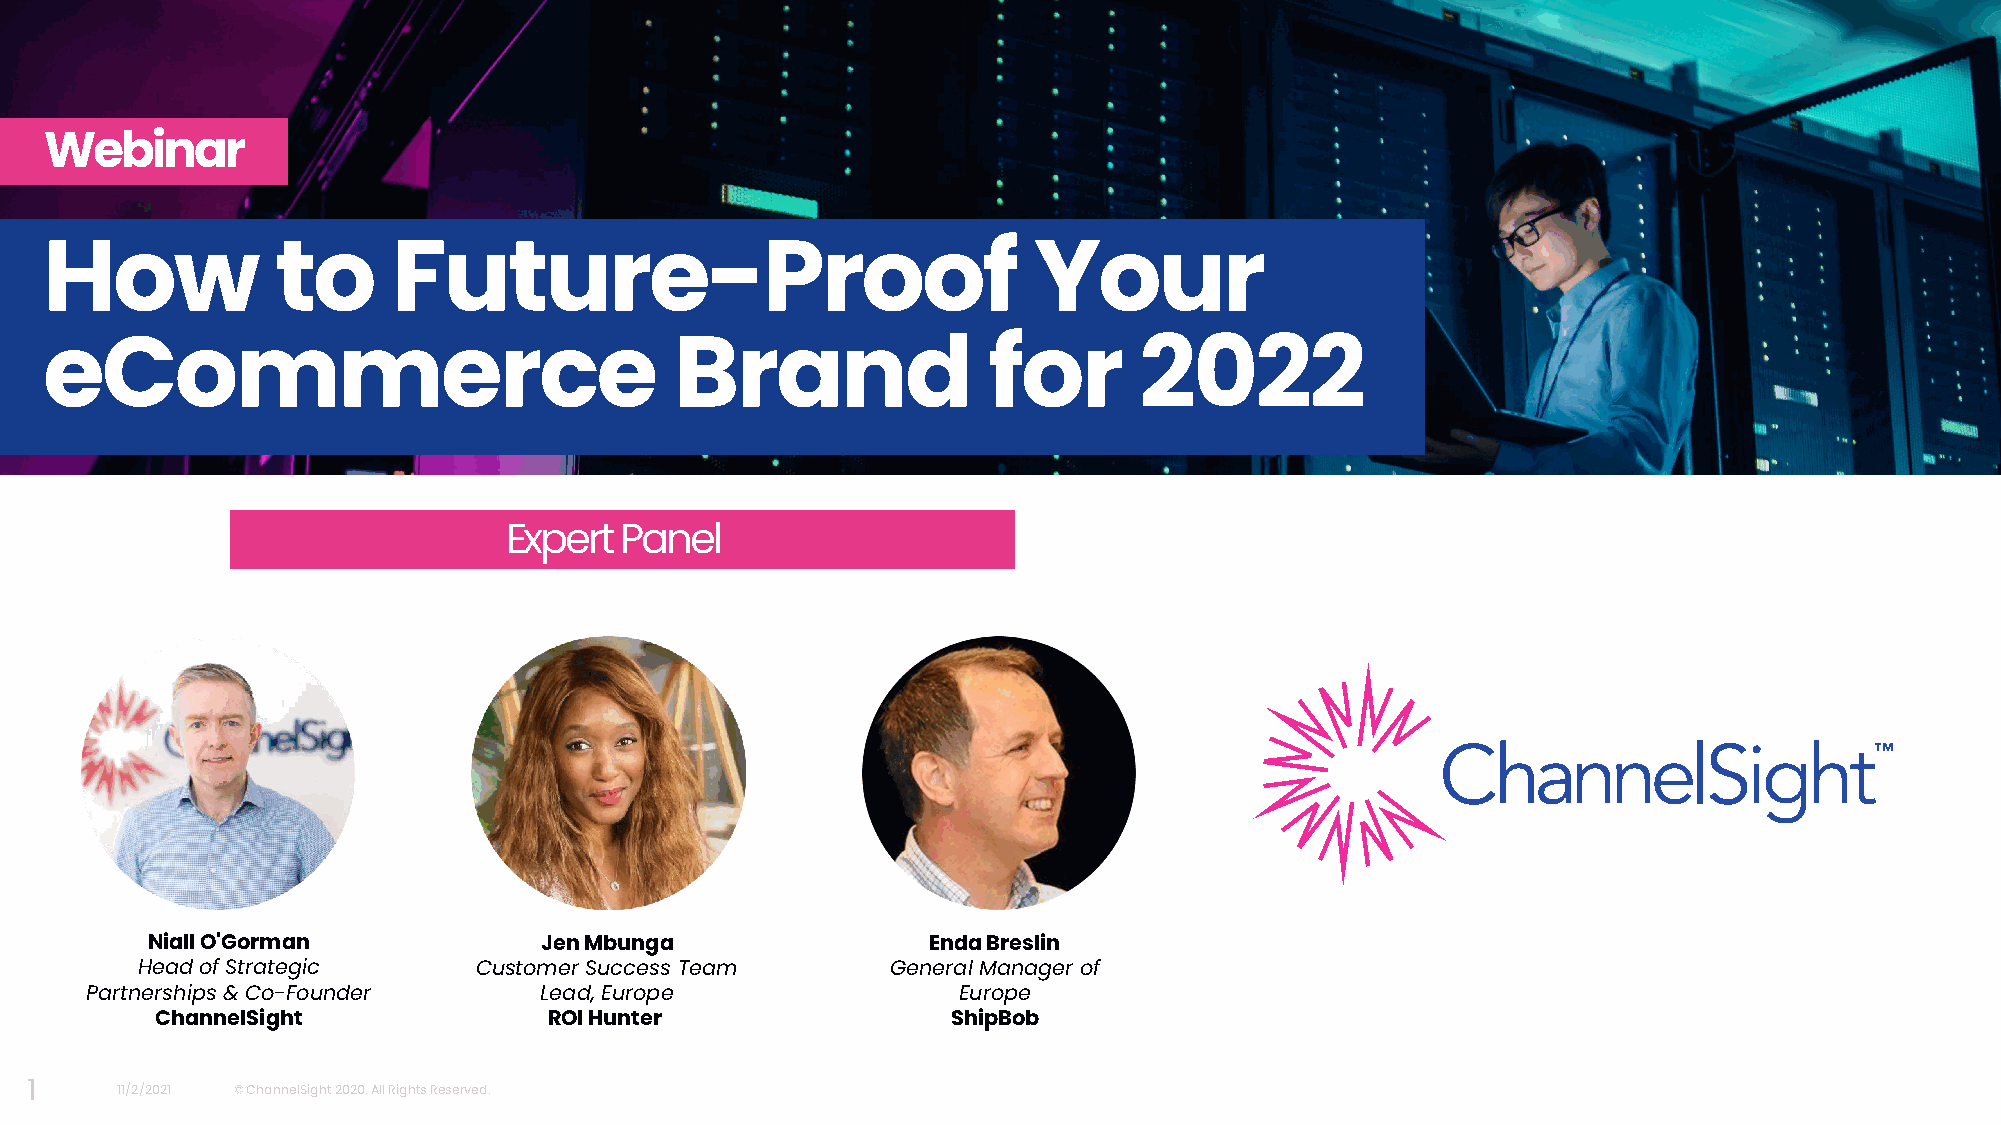
Webinar
 How            to      Future-Proof                              Your
 eCommerce                                 Brand               for       2022
 Expert  Panel
 Niall O'Gorman            Jen Mbunga               Enda Breslin
 Head of Strategic     Customer Success Team       General Manager of
 Partnerships& Co-Founder      Lead, Europe               Europe
 ChannelSight              ROI Hunter                 ShipBob
 1     11/2/2021 © ChannelSight 2020. All Rights Reserved.